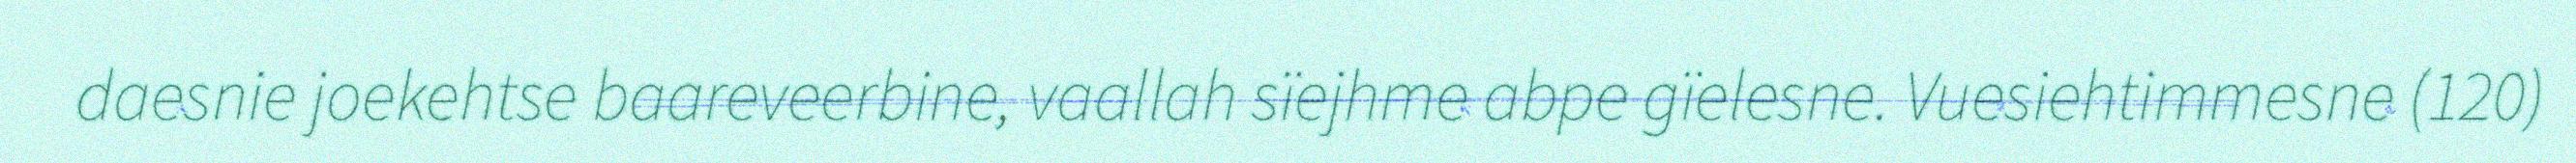
daesnie joekehtse baareveerbine, vaallah sïejhme abpe gïelesne. Vuesiehtimmesne (120)